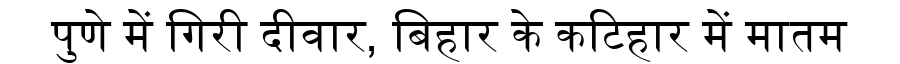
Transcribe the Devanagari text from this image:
पुणे में गिरी दीवार, बिहार के कटिहार में मातम